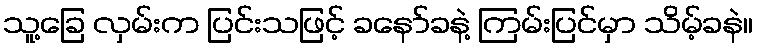
သူ့ခြေ လှမ်းက ပြင်းသဖြင့် ခနော်ခနဲ့ ကြမ်းပြင်မှာ သိမ့်ခနဲ။